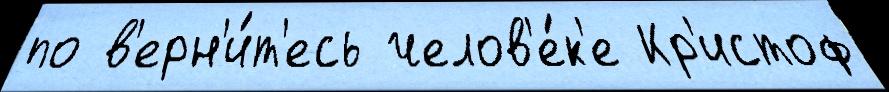
по в'ерн'и́т'есь челов'е́к'е Кр'истоф